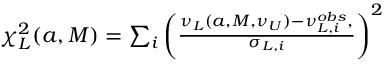
\begin{array} { r } { \chi _ { L } ^ { 2 } ( a , M ) = \sum _ { i } \left( \frac { \nu _ { L } ( a , M , \nu _ { U } ) - \nu _ { L , i } ^ { o b s } , } { \sigma _ { L , i } } \right) ^ { 2 } } \end{array}